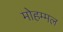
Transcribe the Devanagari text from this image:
मोहम्मल